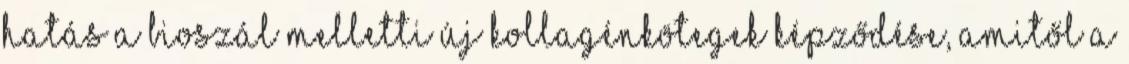
hatás a bioszál melletti új kollagénkötegek képződése, amitől a